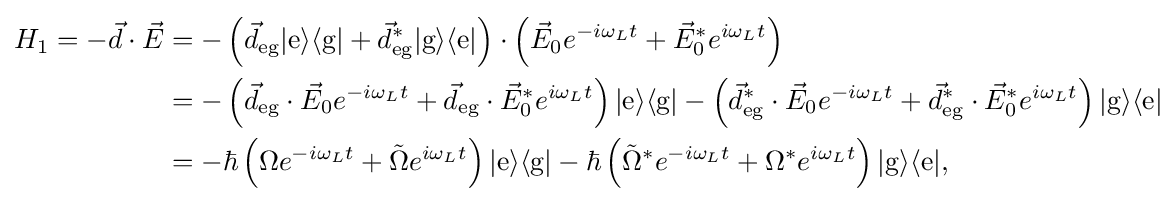
{\begin{aligned}H_{1}=-{\vec {d}}\cdot {\vec {E}}&=-\left({\vec {d}}_{\text{eg}}|{\text{e}}\rangle \langle {\text{g}}|+{\vec {d}}_{\text{eg}}^{*}|{\text{g}}\rangle \langle {\text{e}}|\right)\cdot \left({\vec {E}}_{0}e^{-i\omega _{L}t}+{\vec {E}}_{0}^{*}e^{i\omega _{L}t}\right)\\&=-\left({\vec {d}}_{\text{eg}}\cdot {\vec {E}}_{0}e^{-i\omega _{L}t}+{\vec {d}}_{\text{eg}}\cdot {\vec {E}}_{0}^{*}e^{i\omega _{L}t}\right)|{\text{e}}\rangle \langle {\text{g}}|-\left({\vec {d}}_{\text{eg}}^{*}\cdot {\vec {E}}_{0}e^{-i\omega _{L}t}+{\vec {d}}_{\text{eg}}^{*}\cdot {\vec {E}}_{0}^{*}e^{i\omega _{L}t}\right)|{\text{g}}\rangle \langle {\text{e}}|\\&=-\hbar \left(\Omega e^{-i\omega _{L}t}+{\tilde {\Omega }}e^{i\omega _{L}t}\right)|{\text{e}}\rangle \langle {\text{g}}|-\hbar \left({\tilde {\Omega }}^{*}e^{-i\omega _{L}t}+\Omega ^{*}e^{i\omega _{L}t}\right)|{\text{g}}\rangle \langle {\text{e}}|,\end{aligned}}